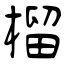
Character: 榴